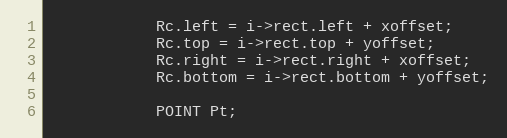
Language: C++
			Rc.left = i->rect.left + xoffset;
			Rc.top = i->rect.top + yoffset;
			Rc.right = i->rect.right + xoffset;
			Rc.bottom = i->rect.bottom + yoffset;

			POINT Pt;